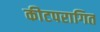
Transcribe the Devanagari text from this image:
कीटपरागित